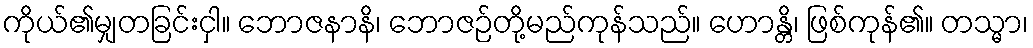
ကိုယ်၏မျှတခြင်းငှါ။ ဘောဇနာနိ၊ ဘောဇဉ်တို့မည်ကုန်သည်။ ဟောန္တိ၊ ဖြစ်ကုန်၏။ တသ္မာ၊